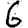
Digit: 6